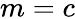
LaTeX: m=c